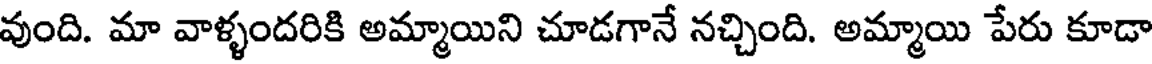
వుంది. మా వాళ్ళందరికి అమ్మాయిని చూడగానే నచ్చింది. అమ్మాయి పేరు కూడా